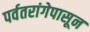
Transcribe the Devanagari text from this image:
पर्वतरांगेपासून